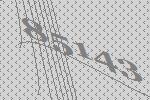
85143